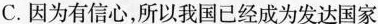
C.因为有信心，所以我国已经成为发达国家